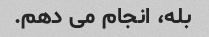
بله، انجام می دهم.